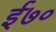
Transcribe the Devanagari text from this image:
ई७०